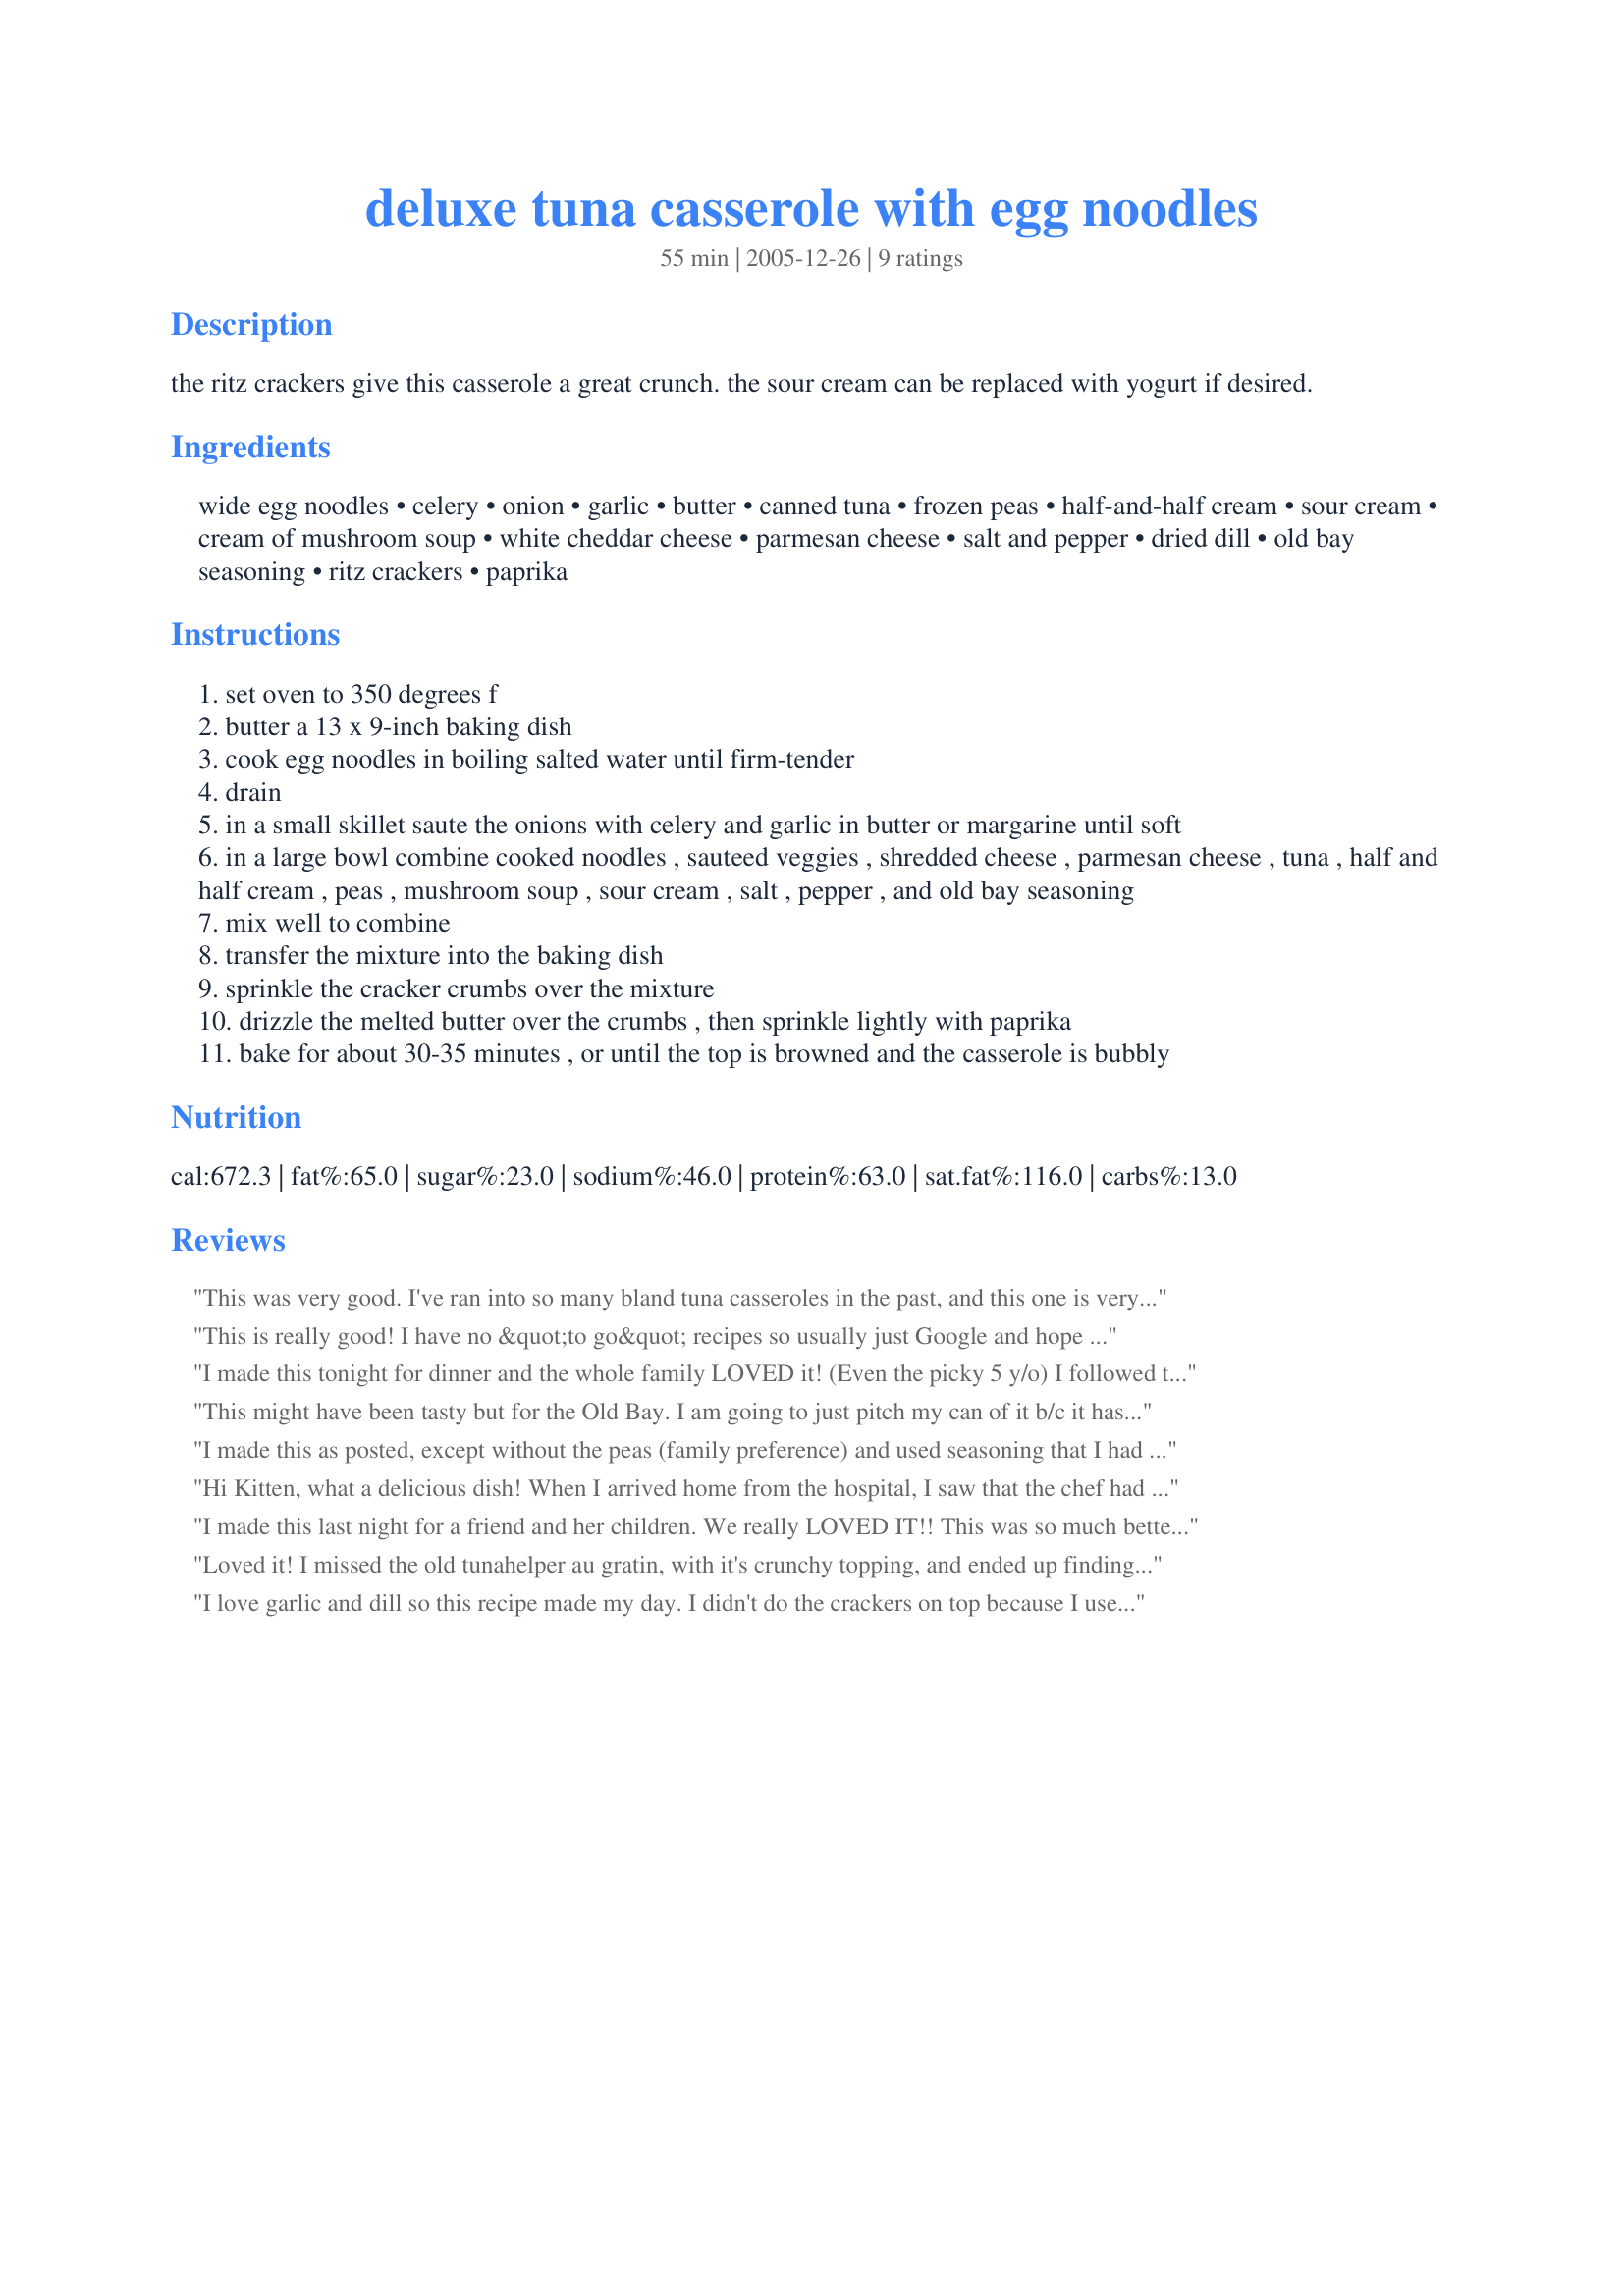
deluxe tuna casserole with egg noodles
Preparation time: 55 minutes

the ritz crackers give this casserole a great crunch. the sour cream can be replaced with yogurt if desired.

Ingredients:
wide egg noodles, celery, onion, garlic, butter, canned tuna, frozen peas, half-and-half cream, sour cream, cream of mushroom soup, white cheddar cheese, parmesan cheese, salt and pepper, dried dill, old bay seasoning, ritz crackers, paprika

Steps:
set oven to 350 degrees f
butter a 13 x 9-inch baking dish
cook egg noodles in boiling salted water until firm-tender
drain
in a small skillet saute the onions with celery and garlic in butter or margarine until soft
in a large bowl combine cooked noodles , sauteed veggies , shredded cheese , parmesan cheese , tuna , half and half cream , peas , mushroom soup , sour cream , salt , pepper , and old bay seasoning
mix well to combine
transfer the mixture into the baking dish
sprinkle the cracker crumbs over the mixture
drizzle the melted butter over the crumbs , then sprinkle lightly with paprika
bake for about 30-35 minutes , or until the top is browned and the casserole is bubbly

Reviews:
This was very good. I've ran into so many bland tuna casseroles in the past, and this one is very flavorful and easy to make. I made a few substitutions: (1) I used regular orange shredded sharp cheddar instead of white cheddar; (2) I used a can of evaporated milk, about 1 1/2 cups, instead of regular milk; (3) I measured out about 3 cups dried egg noodles; (4) I used french fried onions instead of crackers (I sprinkled on the paprika before the french fried onions); (5) did not drizzle butter on top; (6) baked it in the oven for 25 minutes.
This is really good! I have no &quot;to go&quot; recipes so usually just Google and hope for the best.Got lucky with this one.. Just used plain old regular cheddar cheese.It was really good, will freeze leftovers to take to work.
I made this tonight for dinner and the whole family LOVED it! (Even the picky 5 y/o) I followed the recipe exactly as written except I used some heavy cream I had on hand instead of milk. But I'm sure that only added to the creaminess. Definitely comfort food and extremely satisfying. Will be saving this one.
This might have been tasty but for the Old Bay. I am going to just pitch my can of it b/c it has no place in my kitchen. Otherwise it was really just OK. I'm still searching for a really good tuna casserole that doesn't involve one pound of Velveeta.. (that is the best recipe ever!)
I made this as posted, except without the peas (family preference) and used seasoning that I had on hand as Old Bay not available in Canada. Really creamy, lots of flavour and the Ritz crackers on top are the best! Unfortunately, I found out that other than me, no one else in my family liked it but they all agreed that chicken would be a good substitute for the tuna so I might try it next time with chicken!
Hi Kitten, what a delicious dish! When I arrived home from the hospital, I saw that the chef had made it for me special so I would start eating correctly!! What with the IV therapy and all. He made it to my liking; so he added white sliced button mushrooms, sauteed a bit of minced garlic after the onions & celery were almost ready & everything was done according to the recipe. I had printed it out a while back(translated the necessary parts)and when he heard I was coming home - voila - he made it. How very lucky I am! It was true comfort food! Loved every bite of it. Thanks for creating & posting, Diane :=)
I made this last night for a friend and her children. We really LOVED IT!! This was so much better than the tuna casserole of my childhood. I did everything almost exactly. Used orange cheddar cheese, no peas, and slightly less than a 12oz bag of noodles. It was perfect. I had to refrigerate the casserole (minus cracker top) for about two hours (then I added the cracker topping) and this affected the cooking time because it was so cold going in the oven. I'm sure room temperature casserole would be fine at 35 minutes but we had to heat a bit longer. Not a problem. The kids each inhaled two helpings, one having competed in a swim meet yesterday and the other gymnastics practice. Mom and I just basked in the comfort of it. Definately not an everyday dinner! but a definate keeper. Thanks so much.
Loved it! I missed the old tunahelper au gratin, with it's crunchy topping, and ended up finding this delicious recipe. Instead of the white cheddar, I used Kraft's "Triple Cheddar with a Touch of Philly." It was new and I had a coupon. I also added a can of mushrooms, because I love mushrooms. I omitted the peas and onions (personal preference). In my next go, I'm going to try my go-to for onion replacement in recipes - leeks. The Old Bay seasoning was a perfect way to give the recipe an extra kick. I think this recipe would be just as tasty if you substitued the tuna with canned or cooked chicken. My husband dislikes canned tuna but loves chicken, so I think next time I may make a version he would also like. Or maybe not. I like it too much to want to share. :)
I love garlic and dill so this recipe made my day. I didn't do the crackers on top because I used french fried onions. My kids had seconds of it and I'm sure we'll be making it again :)
